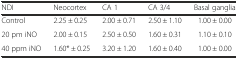
<table><thead><tr><td><b>NDI</b></td><td><b>Neocortex</b></td><td><b>CA 1</b></td><td><b>CA 3/4</b></td><td><b>Basal ganglia</b></td></tr></thead><tbody><tr><td>Control</td><td>2.25 ± 0.25</td><td>2.00 ± 0.71</td><td>2.50 ± 1.10</td><td>1.00 ± 0.00</td></tr><tr><td>20 pm iNO</td><td>2.00 ± 0.15</td><td>2.50 ± 0.50</td><td>1.60 ± 0.31</td><td>1.10 ± 0.10</td></tr><tr><td>40 ppm iNO</td><td>1.60* ± 0.25</td><td>3.20 ± 1.20</td><td>1.60 ± 0.40</td><td>1.00 ± 0.00</td></tr></tbody></table>